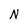
Character: N